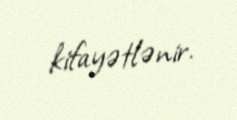
kifayətlənir.